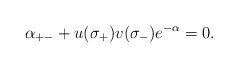
LaTeX: \begin{align*}\alpha_{+-}+u(\sigma_+) v(\sigma_-) e^{-\alpha}=0.\end{align*}